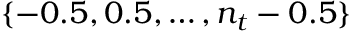
\{ - 0 . 5 , 0 . 5 , \hdots , n _ { t } - 0 . 5 \}